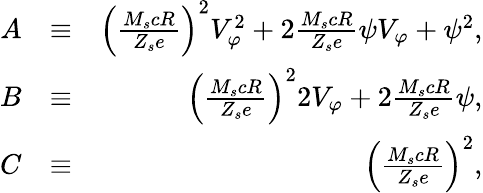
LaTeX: \begin{array}{rlr}{A}&{\equiv}&{\left(\frac{M_{s}cR}{Z_{s}e}\right)^{2}V_{\varphi}^{2}+2\frac{M_{s}cR}{Z_{s}e}\psi V_{\varphi}+\psi^{2},}\\ {B}&{\equiv}&{\left(\frac{M_{s}cR}{Z_{s}e}\right)^{2}2V_{\varphi}+2\frac{M_{s}cR}{Z_{s}e}\psi,}\\ {C}&{\equiv}&{\left(\frac{M_{s}cR}{Z_{s}e}\right)^{2},}\end{array}